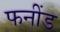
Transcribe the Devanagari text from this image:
फनींड